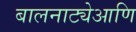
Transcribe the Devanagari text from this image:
बालनाट्येआणि